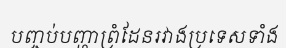
បញ្ចប់បញ្ហាព្រំដែនរវាងប្រទេសទាំង